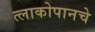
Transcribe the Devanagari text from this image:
त्लाकोपानचे